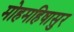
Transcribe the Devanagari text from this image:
मोहमहिषासुर